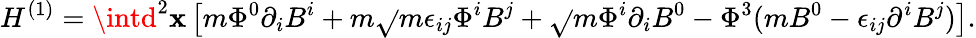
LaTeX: H^{(1)}=\intd^{2}\mathbf{x}\left[m\Phi^{0}\partial_{i}B^{i}+m\sqrt{}{{m}}\epsilon_{ij}\Phi^{i}B^{j}+\sqrt{}{{m}}\Phi^{i}\partial_{i}B^{0}-\Phi^{3}(mB^{0}-\epsilon_{ij}\partial^{i}B^{j})\right].